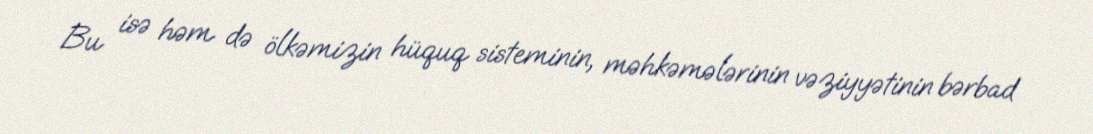
Bu isə həm də ölkəmizin hüquq sisteminin, məhkəmələrinin vəziyyətinin bərbad